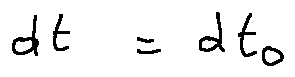
d t = d t _ { 0 }